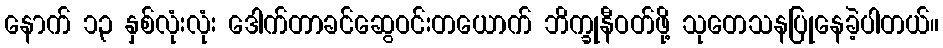
နောက် ၁၃ နှစ်လုံးလုံး ဒေါက်တာခင်ဆွေဝင်းတယောက် ဘိက္ခုနီဝတ်ဖို့ သုတေသနပြုနေခဲ့ပါတယ်။